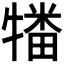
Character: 𰠻